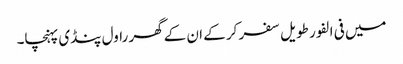
میں فی الفور طویل سفر کر کے ان کے گھر راول پنڈی پہنچا۔